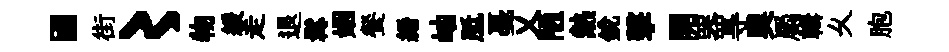
國街〻物緩走退髯姻餐縉岫胝戞乂陋熱銳擊開器㝵奥罽輯乆胞